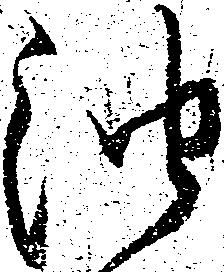
油